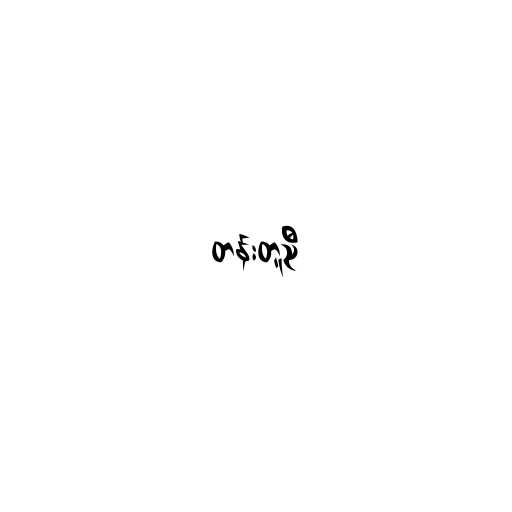
တန်းတူညီ